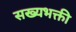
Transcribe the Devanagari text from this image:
सख्यभक्ती